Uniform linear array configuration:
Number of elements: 64
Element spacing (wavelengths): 0.25
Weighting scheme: cosine
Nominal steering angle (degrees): -60
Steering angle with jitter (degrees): -59.208
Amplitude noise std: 0.05
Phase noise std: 0.05

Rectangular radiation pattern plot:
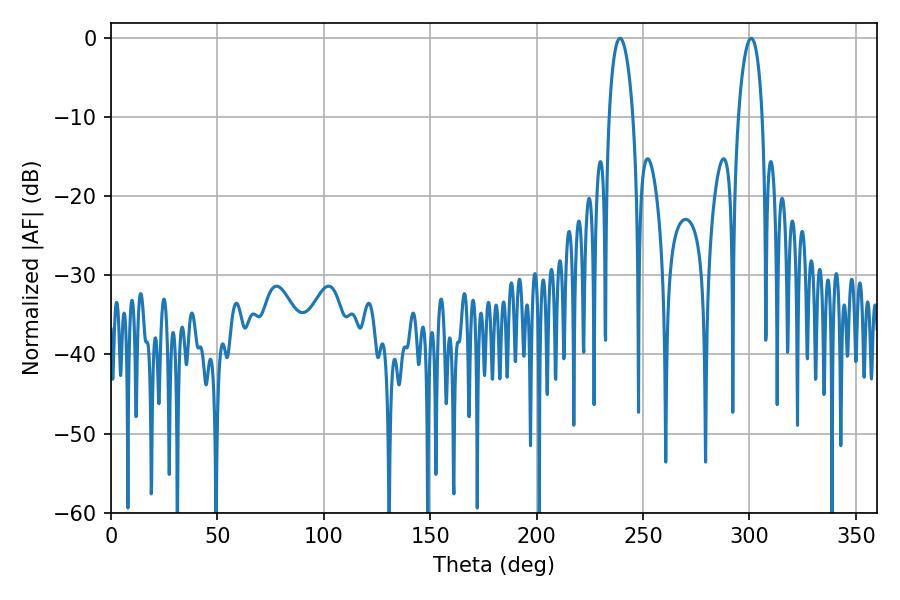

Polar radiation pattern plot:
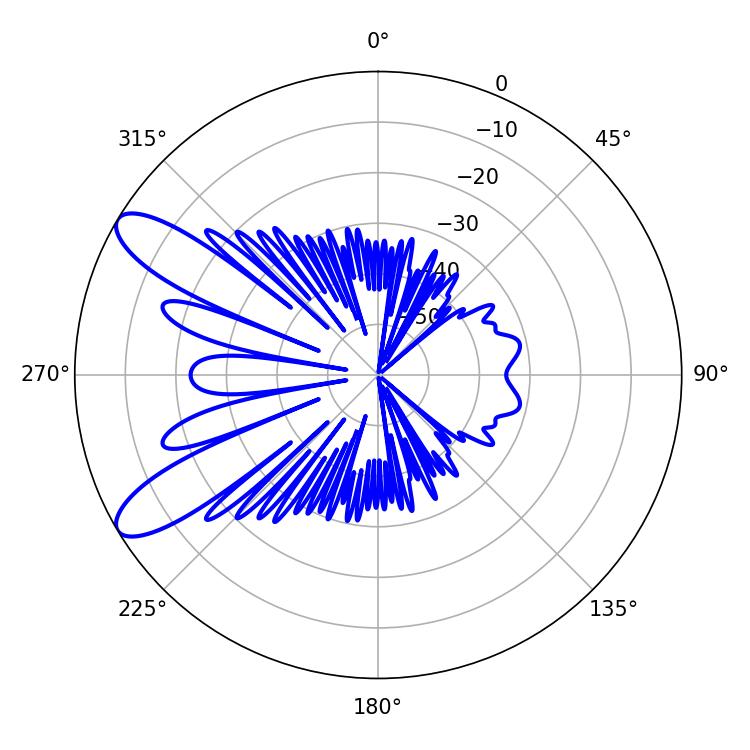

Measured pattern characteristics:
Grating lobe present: FALSE
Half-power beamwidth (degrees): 6.3
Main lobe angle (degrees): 239.22